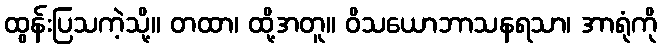
ထွန်းပြသကဲ့သို့။ တထာ၊ ထို့အတူ။ ဝိသယောဘာသနရသာ၊ အာရုံကို